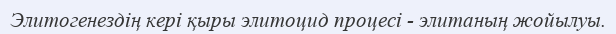
Элитогенездің кері қыры элитоцид процесі - элитаның жойылуы.